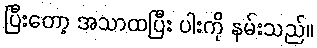
ပြီးတော့ အသာထပြီး ပါးကို နမ်းသည်။